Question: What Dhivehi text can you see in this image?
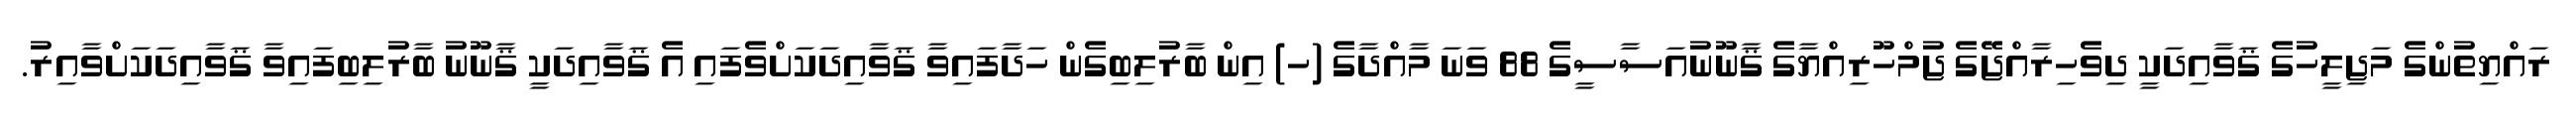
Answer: ރައްޔިތުންގެ މަޖިލީހުގެ ޤަވާއިދަކީ ދިވެހިރާއްޖޭގެ ޖުމްހޫރިއްޔާގެ ޤާނޫނުއަސާސީގެ 88 ވަނަ މާއްދާގެ (ހ) އިން ބާރުލިބިގެން ހަދާފައިވާ ޤަވާއިދަކަށްވެފައި އެ ޤަވާއިދަކީ ޤާނޫނު ބާރުލިބިފައިވާ ޤަވާއިދަކަށްވާއިރު.